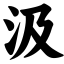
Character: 汲